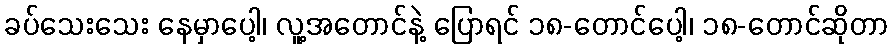
ခပ်သေးသေး နေမှာပေါ့၊ လူ့အတောင်နဲ့ ပြောရင် ၁၈-တောင်ပေါ့၊ ၁၈-တောင်ဆိုတာ